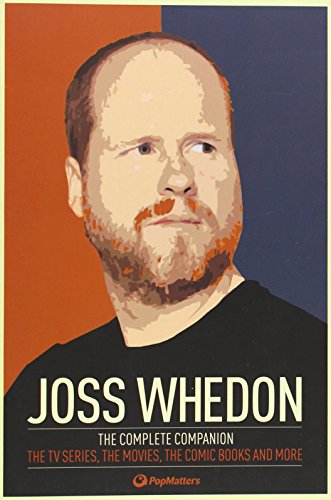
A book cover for Joss Whedon: The Complete Companion: The TV Series, the Movies, the Comic Books and More: The Essential Guide to the Whedonverse; PopMatters; Humor & Entertainment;